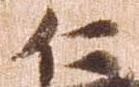
仁